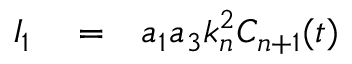
\begin{array} { r l r } { I _ { 1 } } & { { } = } & { a _ { 1 } a _ { 3 } k _ { n } ^ { 2 } C _ { n + 1 } ( t ) } \end{array}